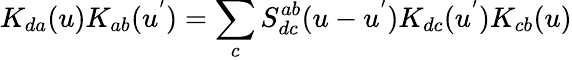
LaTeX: K_{da}(u)K_{ab}(u^{'})=\sum_{c}S_{dc}^{ab}(u-u^{'})K_{dc}(u^{'})K_{cb}(u)